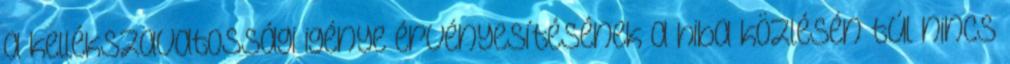
a kellékszavatossági igénye érvényesítésének a hiba közlésén túl nincs